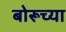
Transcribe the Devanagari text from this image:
बोरूच्या